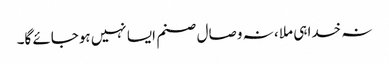
نہ خدا ہی ملا ، نہ وصال صنم ایسا نہیں ہوجائے گا۔